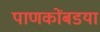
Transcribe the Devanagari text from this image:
पाणकोंबडया